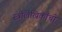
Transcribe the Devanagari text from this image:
स्त्रीलेखिकांची